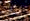
سنأخذ